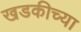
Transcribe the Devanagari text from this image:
खडकीच्या